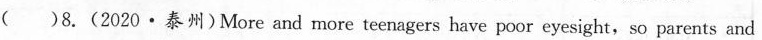
( )8.(2020·泰州)More and more teenagers have poor eyesight,so parents and